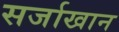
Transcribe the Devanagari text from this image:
सर्जाखान